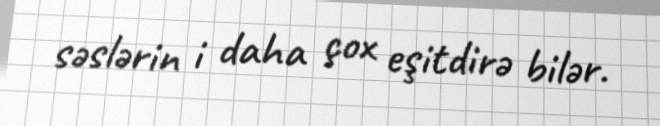
səslərin i daha çox eşitdirə bilər.